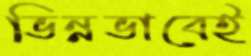
ভিন্নভাবেই